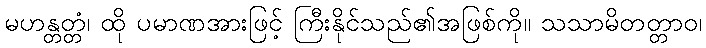
မဟန္တတ္တံ၊ ထို ပမာဏအားဖြင့် ကြီးနိုင်သည်၏အဖြစ်ကို။ သသာမိတတ္တာဝ၊